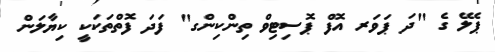
ޕެލޭ ގެ "ދަ ޕަވަރ އޮފް ޕޮސިޓިވް ތިންކިންގ" ފަދަ ފޮތްތަކަކީ ކިޔާލަން